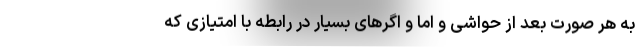
به هر صورت بعد از حواشی و اما و اگرهای بسیار در رابطه با امتیازی که